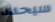
سيحدد